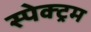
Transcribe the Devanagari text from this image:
स्पेक्‍ट्रम